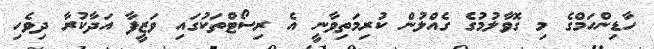
ހާޑިންހަމްގެ މި ގޮވާލުމުގެ ގެއްލުން ކުރިމަތިވާނީ އެ ރިސޯޓްތަކުގައި ވަޒީފާ އަދާކުރާ ދިވެހި